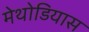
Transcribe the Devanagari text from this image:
मेथोडियास